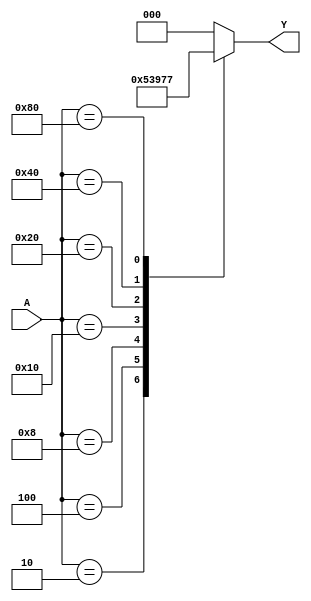
module Encoder8x3 (
    input wire [7:0] A,
    output reg [2:0] Y
);

always @*
begin
    case(A)
        8'b00000001: Y = 3'b000;
        8'b00000010: Y = 3'b001;
        8'b00000100: Y = 3'b010;
        8'b00001000: Y = 3'b011;
        8'b00010000: Y = 3'b100;
        8'b00100000: Y = 3'b101;
        8'b01000000: Y = 3'b110;
        8'b10000000: Y = 3'b111;
        default: Y = 3'b000; // You can set default to any value
    endcase
end

endmodule